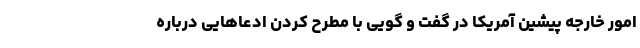
امور خارجه پیشین آمریکا در گفت و گویی با مطرح کردن ادعاهایی درباره